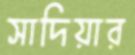
সাদিয়ার